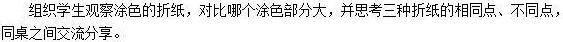
组织学生观察涂色的折纸，对比哪个涂色部分大，并思考三种折纸的相同点、不同点，同桌之间交流分享。